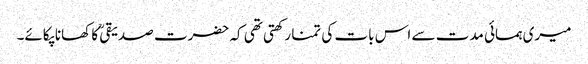
میری ہمسائی مدت سے اس بات کی تمنا رکھتی تھی کہ حضرت صدیقیؒ کا کھانا پکائے۔